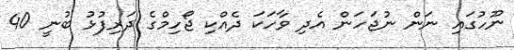
ނޫހުގައި ނަން ނުޖަހަން އެދި ވާހަކަ ދެއްކި ޖޯހިމްގެ ދަރިފުޅު ބުނީ 40